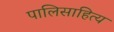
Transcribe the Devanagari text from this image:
पालिसाहित्य